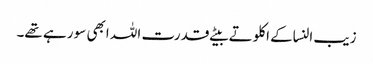
زیب النساکے اکلوتے بیٹے قدرت اللہ ابھی سو رہے تھے۔